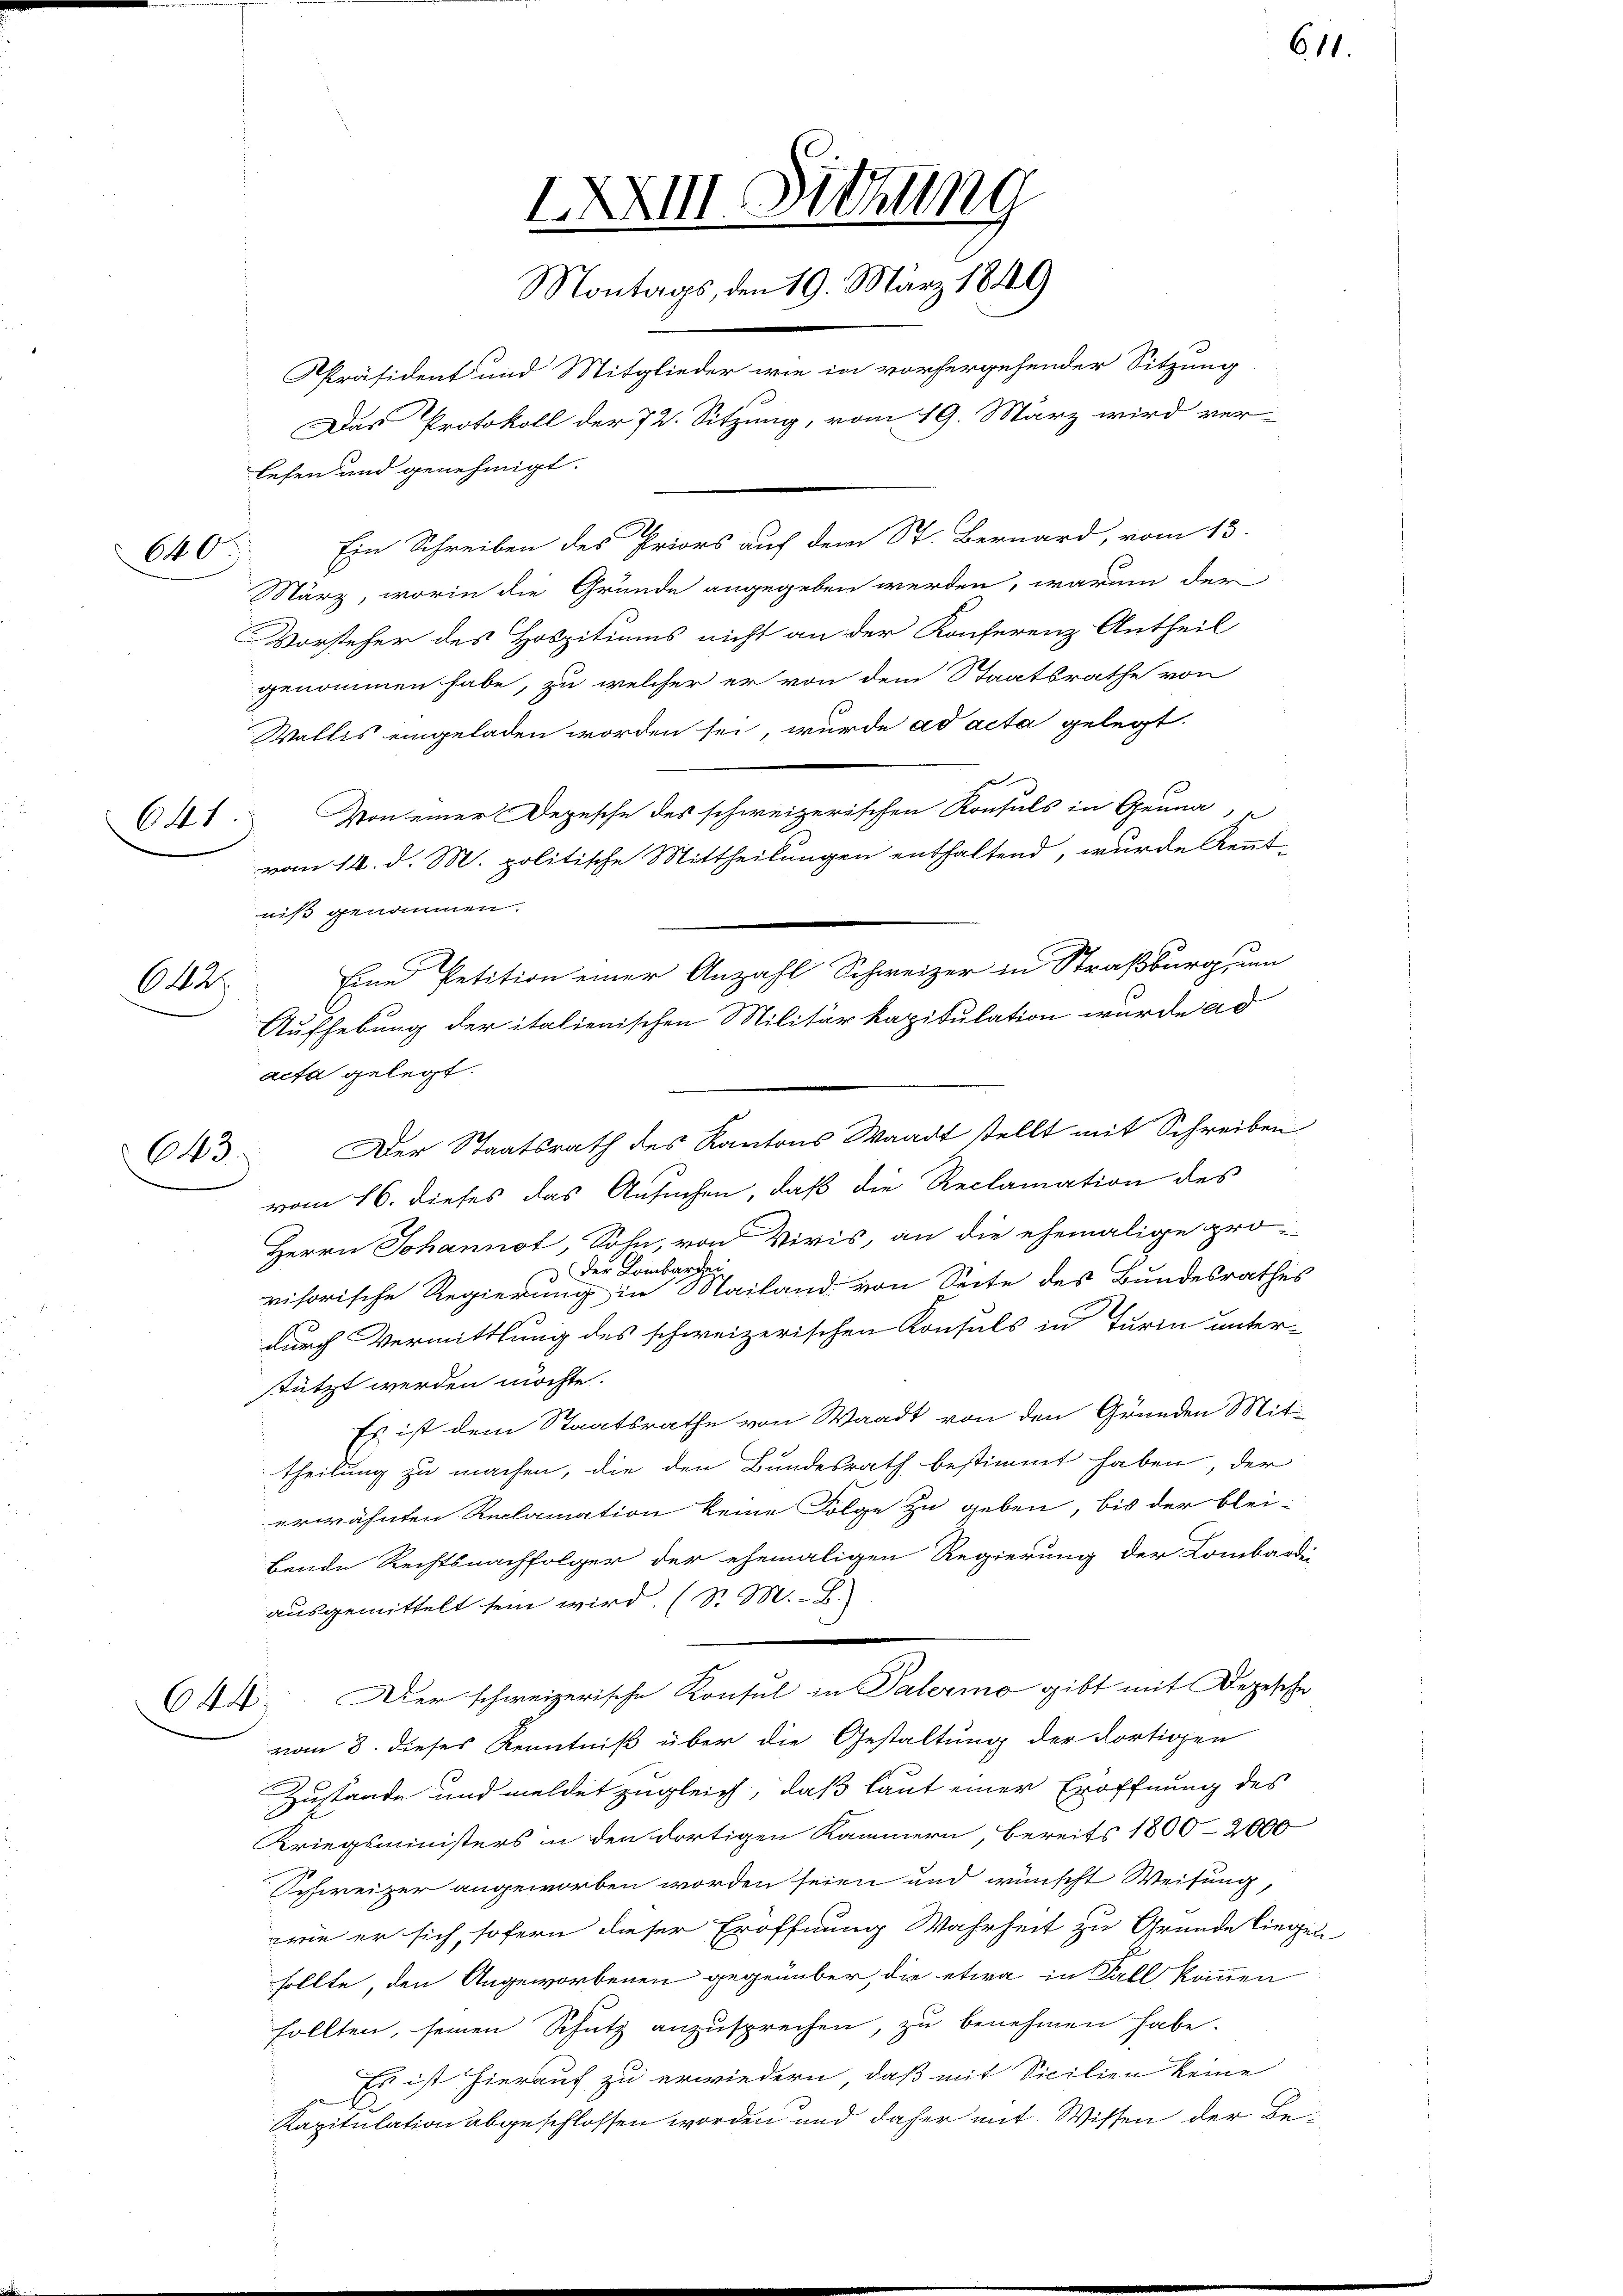
6

641.

niß genommen.
Eine Petition einer Anzahl Schweizer in Straßburg, um
642
Aufhebung der italienischen Militär kapitulation wurde ad
acta gelegt.

643.

lesen und genehmigt.
Ein Schreiben des Priors auf dem St. Bernard, vom 13.
März, worin die Gründe angegeben werden, warum der
Vorsteher des Hospitiums nicht an der Konferenz Antheil
genommen habe, zu welcher er von dem Staatsrathe von
Wallis eingeladen worden sei, wurde ad acta gelegt.
g
Von einer Depesche des schweizerischen Konsuls in Genua,
vom 16. d. M. politische Mittheilungen enthaltend, wurde Kennt-
Der Staatsrath des Kantons Waadt stellt mit Schreiben
vom 16. dieses das Ansuchen, daß die Reclamation des
Herrn Johannot, Sohn, von Viris, an die ehemalige pro-
der Kombartei
visorische Regierung in Mailand von Seite des Bundesrathes
durch Vermittlung des schweizerischen Konsuls in Turm unter-
stützt werden möchte.
Es ist dem Staatsrathe von Waadt von den Gründen Mit-
theilung zu machen, die den Bundesrath bestimmt haben, der
erwähnten Reclamation keine Folge zu geben, bis der blei-
bende Rechtsnachfolger der ehemaligen Regierung der Lombarde
ausgemittelt sein wird. (S. M. B.
644. Der schweizerische Konsul in Palermo gibt mit Depesche
vom 8. dieses Kenntniß über die Gestaltung der dortigen
Zustande und meldet zugleich, daß laut einer Eröffnung des
Kriegsministers in den dortigen Kammern, bereits 1800-2000
Schweizer angeworben worden seien und wünscht Weisung,
wie er sich, sofern dieser Eröffnung Wahrheit zu Grunde lieg
sollte, den Angeworbenen gegenüber, die etwa in Fall kommen
sollten, seinen Schutz anzusprechen, zu benehmen habe.
Es ist hierauf zu erwiedern, daß mit Sicilien keine
f
Kapitulation abgeschlossen worden und daher mit Wissen der Be¬

XXXIII. Sitzung
Montags, den 19. März 1849
Präsident und Mitglieder wie in vorhergehender Sitzung.
Das Protokoll der 72. Sitzung, vom 19. März wird ver-

611.

n